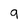
Character: 9